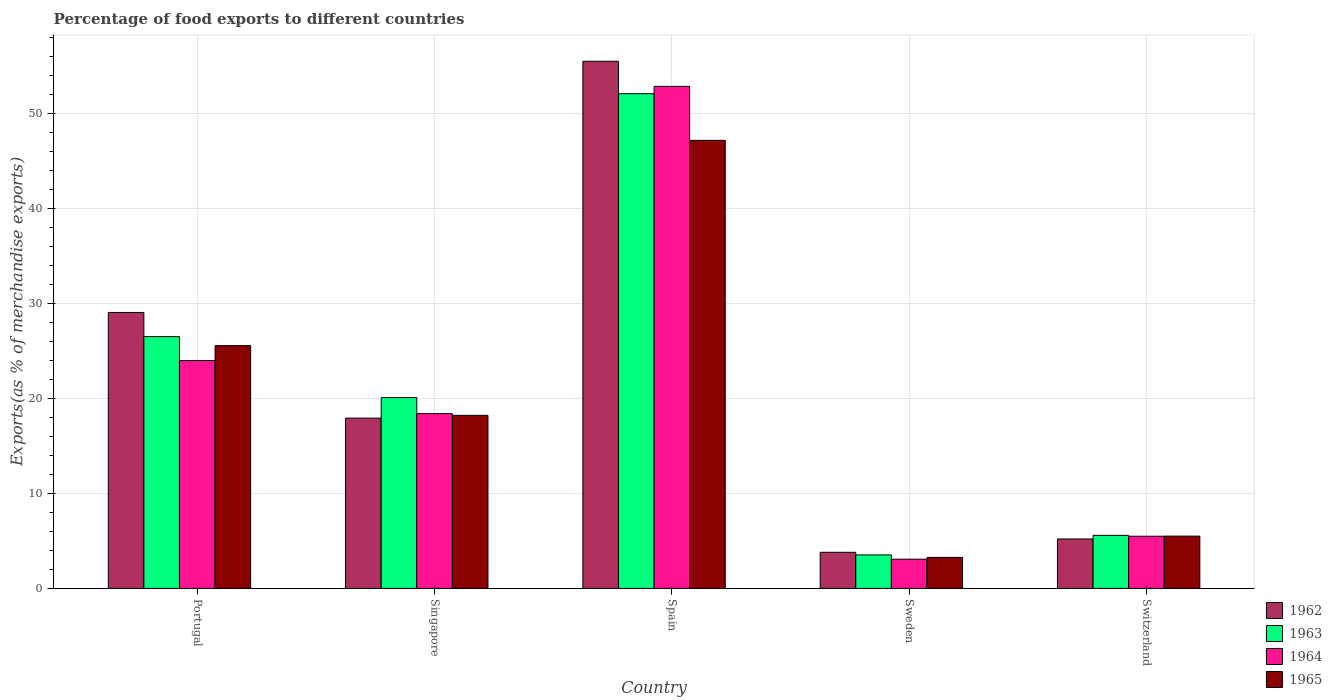
| Country | 1962 | 1963 | 1964 | 1965 |
 | --- | --- | --- | --- | --- |
 | Portugal | 29.1 | 26.5 | 24 | 25.6 |
 | Singapore | 17.9 | 20.1 | 18.4 | 18.2 |
 | Spain | 55.5 | 52.1 | 52.9 | 47.2 |
 | Sweden | 3.8 | 3.53 | 3.08 | 3.27 |
 | Switzerland | 5.21 | 5.59 | 5.49 | 5.51 |